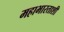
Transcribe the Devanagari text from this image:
महाभारताशी